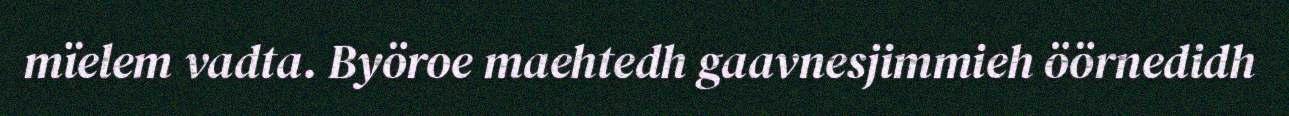
mïelem vadta. Byöroe maehtedh gaavnesjimmieh öörnedidh